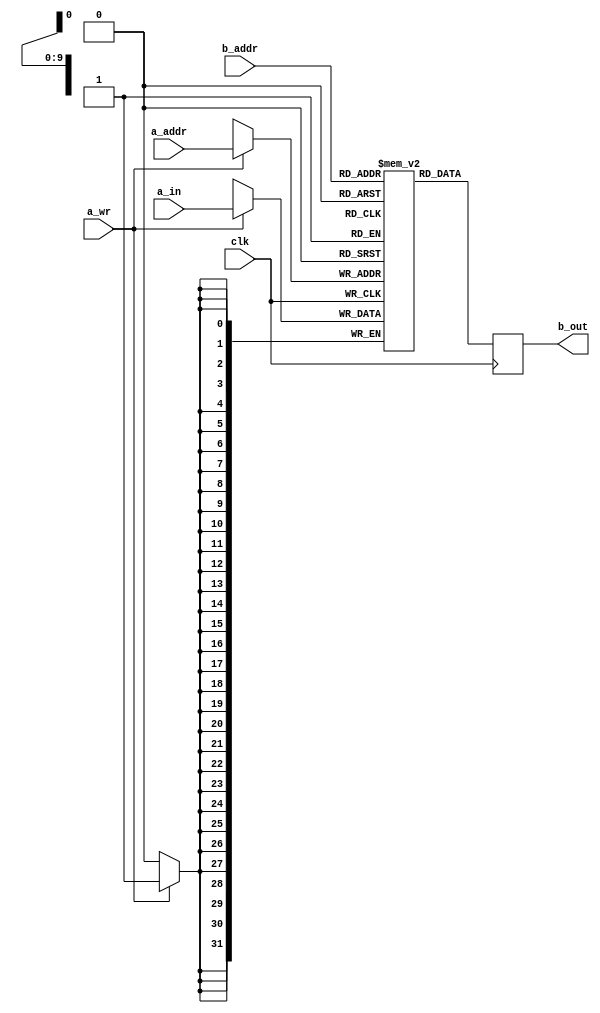
//======================================================================
//
// Copyright (c) 2018, NORDUnet A/S All rights reserved.
//
// Redistribution and use in source and binary forms, with or without
// modification, are permitted provided that the following conditions
// are met:
// - Redistributions of source code must retain the above copyright
//   notice, this list of conditions and the following disclaimer.
//
// - Redistributions in binary form must reproduce the above copyright
//   notice, this list of conditions and the following disclaimer in the
//   documentation and/or other materials provided with the distribution.
//
// - Neither the name of the NORDUnet nor the names of its contributors may
//   be used to endorse or promote products derived from this software
//   without specific prior written permission.
//
// THIS SOFTWARE IS PROVIDED BY THE COPYRIGHT HOLDERS AND CONTRIBUTORS "AS
// IS" AND ANY EXPRESS OR IMPLIED WARRANTIES, INCLUDING, BUT NOT LIMITED
// TO, THE IMPLIED WARRANTIES OF MERCHANTABILITY AND FITNESS FOR A
// PARTICULAR PURPOSE ARE DISCLAIMED. IN NO EVENT SHALL THE COPYRIGHT
// HOLDER OR CONTRIBUTORS BE LIABLE FOR ANY DIRECT, INDIRECT, INCIDENTAL,
// SPECIAL, EXEMPLARY, OR CONSEQUENTIAL DAMAGES (INCLUDING, BUT NOT LIMITED
// TO, PROCUREMENT OF SUBSTITUTE GOODS OR SERVICES; LOSS OF USE, DATA, OR
// PROFITS; OR BUSINESS INTERRUPTION) HOWEVER CAUSED AND ON ANY THEORY OF
// LIABILITY, WHETHER IN CONTRACT, STRICT LIABILITY, OR TORT (INCLUDING
// NEGLIGENCE OR OTHERWISE) ARISING IN ANY WAY OUT OF THE USE OF THIS
// SOFTWARE, EVEN IF ADVISED OF THE POSSIBILITY OF SUCH DAMAGE.
//
//======================================================================

module ecdsa384_operand_bank
(
    input               clk,

    input   [10-1:0]    a_addr,
    input               a_wr,
    input   [32-1:0]    a_in,

    input   [10-1:0]    b_addr,
    output  [32-1:0]    b_out
);


    //
    // BRAM
    //
    reg [31:0] bram[0:64*16-1];


    //
    // Initialization
    //
    initial begin
        //
        // CONST_ZERO 
        //
        bram[ 0*16 + 11] = 32'h00000000;
        bram[ 0*16 + 10] = 32'h00000000;
        bram[ 0*16 +  9] = 32'h00000000;
        bram[ 0*16 +  8] = 32'h00000000;
        bram[ 0*16 +  7] = 32'h00000000;
        bram[ 0*16 +  6] = 32'h00000000;
        bram[ 0*16 +  5] = 32'h00000000;
        bram[ 0*16 +  4] = 32'h00000000;
        bram[ 0*16 +  3] = 32'h00000000;
        bram[ 0*16 +  2] = 32'h00000000;
        bram[ 0*16 +  1] = 32'h00000000;
        bram[ 0*16 +  0] = 32'h00000000;
        //
        // CONST_ONE
        //
        bram[ 1*16 + 11] = 32'h00000000;
        bram[ 1*16 + 10] = 32'h00000000;
        bram[ 1*16 +  9] = 32'h00000000;
        bram[ 1*16 +  8] = 32'h00000000;
        bram[ 1*16 +  7] = 32'h00000000;
        bram[ 1*16 +  6] = 32'h00000000;
        bram[ 1*16 +  5] = 32'h00000000;
        bram[ 1*16 +  4] = 32'h00000000;
        bram[ 1*16 +  3] = 32'h00000000;
        bram[ 1*16 +  2] = 32'h00000000;
        bram[ 1*16 +  1] = 32'h00000000;
        bram[ 1*16 +  0] = 32'h00000001;
        //
        // CONST_DELTA
        //
        bram[ 2*16 + 11] = 32'h7fffffff;
        bram[ 2*16 + 10] = 32'hffffffff;
        bram[ 2*16 +  9] = 32'hffffffff;
        bram[ 2*16 +  8] = 32'hffffffff;
        bram[ 2*16 +  7] = 32'hffffffff;
        bram[ 2*16 +  6] = 32'hffffffff;
        bram[ 2*16 +  5] = 32'hffffffff;
        bram[ 2*16 +  4] = 32'hffffffff;
        bram[ 2*16 +  3] = 32'h7fffffff;
        bram[ 2*16 +  2] = 32'h80000000;
        bram[ 2*16 +  1] = 32'h00000000;
        bram[ 2*16 +  0] = 32'h80000000;
        //
        // G_X
        //
        bram[ 3*16 + 11] = 32'haa87ca22;
        bram[ 3*16 + 10] = 32'hbe8b0537;
        bram[ 3*16 +  9] = 32'h8eb1c71e;
        bram[ 3*16 +  8] = 32'hf320ad74;
        bram[ 3*16 +  7] = 32'h6e1d3b62;
        bram[ 3*16 +  6] = 32'h8ba79b98;
        bram[ 3*16 +  5] = 32'h59f741e0;
        bram[ 3*16 +  4] = 32'h82542a38;
        bram[ 3*16 +  3] = 32'h5502f25d;
        bram[ 3*16 +  2] = 32'hbf55296c;
        bram[ 3*16 +  1] = 32'h3a545e38;
        bram[ 3*16 +  0] = 32'h72760ab7;
        //
        // G_Y
        //
        bram[ 4*16 + 11] = 32'h3617de4a;
        bram[ 4*16 + 10] = 32'h96262c6f;
        bram[ 4*16 +  9] = 32'h5d9e98bf;
        bram[ 4*16 +  8] = 32'h9292dc29;
        bram[ 4*16 +  7] = 32'hf8f41dbd;
        bram[ 4*16 +  6] = 32'h289a147c;
        bram[ 4*16 +  5] = 32'he9da3113;
        bram[ 4*16 +  4] = 32'hb5f0b8c0;
        bram[ 4*16 +  3] = 32'h0a60b1ce;
        bram[ 4*16 +  2] = 32'h1d7e819d;
        bram[ 4*16 +  1] = 32'h7a431d7c;
        bram[ 4*16 +  0] = 32'h90ea0e5f;
        //
        // H_X
        //
        bram[ 5*16 + 11] = 32'h08d99905;
        bram[ 5*16 + 10] = 32'h7ba3d2d9;
        bram[ 5*16 +  9] = 32'h69260045;
        bram[ 5*16 +  8] = 32'hc55b97f0;
        bram[ 5*16 +  7] = 32'h89025959;
        bram[ 5*16 +  6] = 32'ha6f434d6;
        bram[ 5*16 +  5] = 32'h51d207d1;
        bram[ 5*16 +  4] = 32'h9fb96e9e;
        bram[ 5*16 +  3] = 32'h4fe0e86e;
        bram[ 5*16 +  2] = 32'hbe0e64f8;
        bram[ 5*16 +  1] = 32'h5b96a9c7;
        bram[ 5*16 +  0] = 32'h5295df61;
        //
        // H_Y
        //
        bram[ 6*16 + 11] = 32'h8e80f1fa;
        bram[ 6*16 + 10] = 32'h5b1b3ced;
        bram[ 6*16 +  9] = 32'hb7bfe8df;
        bram[ 6*16 +  8] = 32'hfd6dba74;
        bram[ 6*16 +  7] = 32'hb275d875;
        bram[ 6*16 +  6] = 32'hbc6cc43e;
        bram[ 6*16 +  5] = 32'h904e505f;
        bram[ 6*16 +  4] = 32'h256ab425;
        bram[ 6*16 +  3] = 32'h5ffd43e9;
        bram[ 6*16 +  2] = 32'h4d39e22d;
        bram[ 6*16 +  1] = 32'h61501e70;
        bram[ 6*16 +  0] = 32'h0a940e80;
	end


    //
    // Output Register
    //
    reg [32-1:0] bram_reg_b;

    assign b_out = bram_reg_b;


    //
    // Write Port A
    //
    always @(posedge clk)
        //
        if (a_wr) bram[a_addr] <= a_in;


    //
    // Read Port B
    //
    always @(posedge clk)
        //
        bram_reg_b <= bram[b_addr];


endmodule